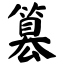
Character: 篡